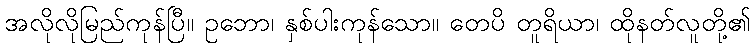
အလိုလိုမြည်ကုန်ပြီ။ ဥဘော၊ နှစ်ပါးကုန်သော။ တေပိ တူရိယာ၊ ထိုနတ်လူတို့၏